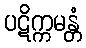
ပဋိက္ကမန္တံ